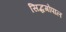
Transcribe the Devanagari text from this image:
सिद्धगोपाल